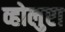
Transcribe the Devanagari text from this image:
व्होलुप्टा